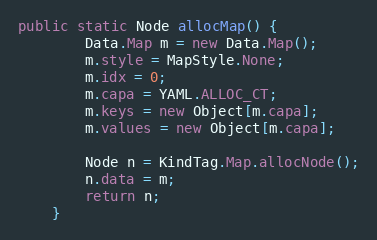
Language: Java
public static Node allocMap() {
        Data.Map m = new Data.Map();
        m.style = MapStyle.None;
        m.idx = 0;
        m.capa = YAML.ALLOC_CT;
        m.keys = new Object[m.capa];
        m.values = new Object[m.capa];

        Node n = KindTag.Map.allocNode();
        n.data = m;
        return n;
    }